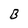
Character: B